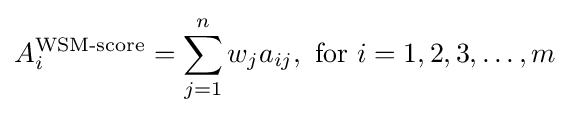
A_{i}^{\text{WSM-score}}=\sum _{j=1}^{n}w_{j}a_{ij},{\text{ for }}i=1,2,3,\dots ,m